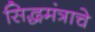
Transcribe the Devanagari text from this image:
सिद्धमंत्राचे